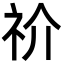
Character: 祄